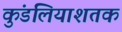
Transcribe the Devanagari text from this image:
कुंडलियाशतक